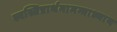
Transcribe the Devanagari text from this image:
स्वस्तिप्रार्थनामन्त्राध्याय